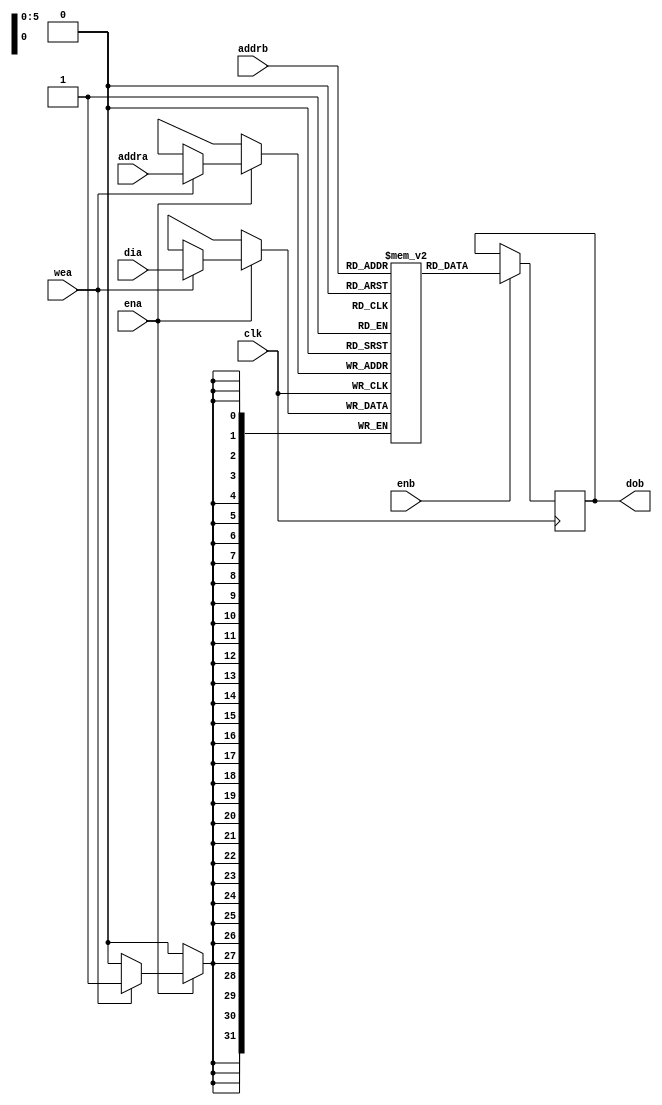
module iram_1r1w1ck_64x32
   (clk,ena,enb,wea,addra,addrb,dia,dob);
   input clk,ena,enb,wea;
   input [5:0] addra,addrb;
   input [31:0] dia;
   output [31:0] dob;
   reg[31:0] ram [63:0];
   reg[31:0] dob;

always @(posedge clk) begin
 if (ena) begin
    if (wea)
        ram[addra] <= dia;
 end
end

always @(posedge clk) begin
  if (enb)
    dob <= ram[addrb];
end

endmodule